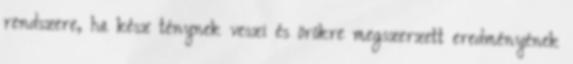
rendszere, ha kész ténynek veszi és örökre megszerzett eredményének